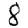
Digit: 8